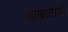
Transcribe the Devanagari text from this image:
आखाताशी